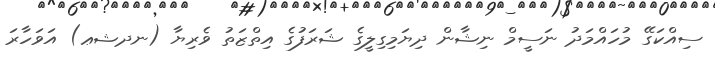
ސިއްކަގޭ މުހައްމަދު ނަސީމް ނިޝާން ދިޔަމިގިލީގެ ޝަރަފުގެ އިތްޒަތު ވެރިޔާ (ނދޝޢ) އަވަހާރަ